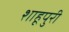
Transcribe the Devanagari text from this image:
शाहूपुरी